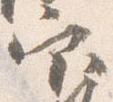
官